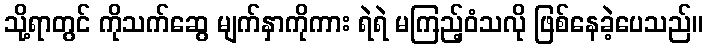
သို့ရာတွင် ကိုသက်ဆွေ မျက်နှာကိုကား ရဲရဲ မကြည့်ဝံသလို ဖြစ်နေခဲ့ပေသည်။